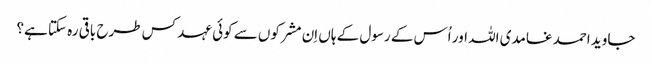
جاوید احمد غامدی اللہ اور اُس کے رسول کے ہاں اِن مشرکوں سے کوئی عہد کس طرح باقی رہ سکتا ہے؟